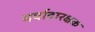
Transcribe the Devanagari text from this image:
मर्यादारक्षक